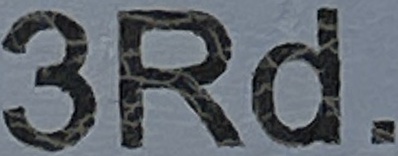
3Rd.